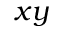
x y